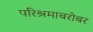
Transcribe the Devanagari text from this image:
परिश्रमाबरोबर